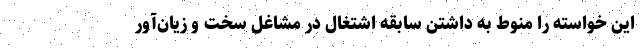
این خواسته را منوط به داشتن سابقه اشتغال در مشاغل سخت و زیان‌آور